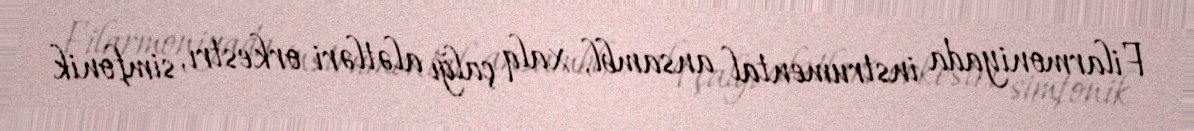
Filarmoniyada instrumental ansambl, xalq çalğı alətləri orkestrı, simfonik